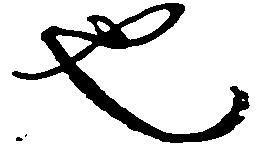
也